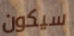
سيكون